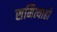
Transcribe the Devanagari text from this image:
समित्याही